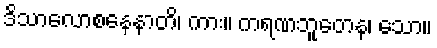
ဒိသာလောစနေနာတိ၊ ကား။ ကရဏဘူတေန၊ သော။